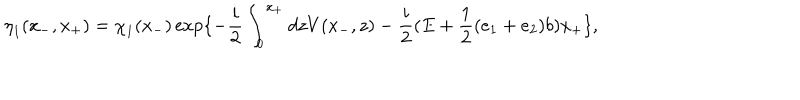
{ \eta } _ { 1 } ( x _ { - } , x _ { + } ) = { \chi } _ { 1 } ( x _ { - } ) \exp \{ - \frac { i } { 2 } \int _ { 0 } ^ { x _ { + } } d z V ( x _ { - } , z ) - \frac { i } { 2 } ( E + \frac { 1 } { 2 } ( e _ { 1 } + e _ { 2 } ) b ) x _ { + } \} ,